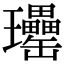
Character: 𤫥